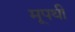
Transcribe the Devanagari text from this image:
मूपथी